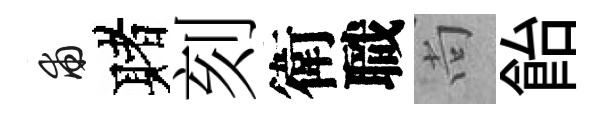
甫赌刻衛職尚飴